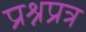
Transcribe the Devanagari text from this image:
प्रश्नप्रत्र